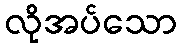
လိုအပ်သော